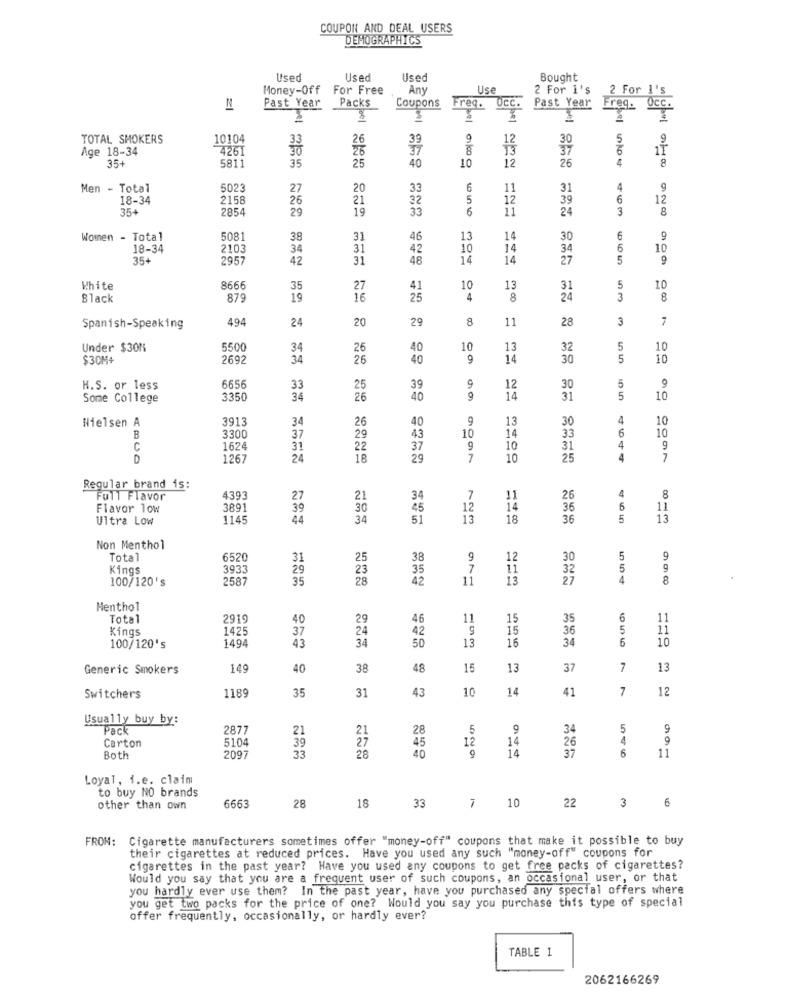
COUPON AND DEAL USERS
DEMOGRAPHICS
Used
Used
Used
Bought
Money-Off
For Free
Any
Use
2 For i's
2 For I's
Packs
Coupons
Past Year
Past Year
Freq. Occ.
Freq.
OCc.
hel
TOTAL SMOKERS
10104
33
26
39
9
12
30
5
9
Age 18-34
426
37
37
11
35+
5811
35
25
10
12
26
4
8
40
Men - Total
5023
27
20
33
6
11
31
4
9
18-34
2158
26
21
32
5
12
39
6
12
35+
285
29
33
6
24
3
8
Women - Total
508
38
31
46
13
1
30
6
18-34
2103
34
31
42
10
14
3.4
6
10
35+
295'
42
31
48
14
14
27
5
5
White
8666
35
27
41
10
13
31
10
Black
879
19
16
25
4
8
3
494
24
20
29
11
28
3
7
Spanish-Speaking
Under $30%
5500
34
26
40
10
13
32
5
10
$30M+
2692
34
26
40
9
14
30
5
10
H.S. or less
665
33
25
39
12
30
5
Some College
3350
34
26
40
14
31
5
10
3913
34
26
40
13
30
4
10
Nielsen A
10
14
33
6
10
B
3300
37
29
43
C
1624
31
22
37
9
10
31
4
9
1267
18
29
7
10
25
4
7
Regular brand is:
34
4
8
Full Flavor
4393
27
21
7
11
26
Flavor low
3891
30
30
12
14
36
6
11
Ultra Low
1145
44
34
51
13
18
36
5
13
Non Menthol
Total
6520
31
25
38
9
12
30
5
Kings
3933
29
23
35
7
32
5
100/120's
2587
35
28
42
11
13
27
8
Menthol
Total
2919
40
29
46
11
15
35
6
11
Kings
1425
37
24
42
15
36
5
11
1494
34
16
34
6
10
100/120's
43
50
13
Generic Smokers
149
40
38
48
15
13
37
7
13
35
31
43
10
14
41
7
12
Switchers
1189
Usually buy by:
Pack
2877
21
21
28
5
34
5
9
Carton
5104
27
12
26
4
9
39
33
28
45
40
9
14
37
Both
2097
14
6
11
Loyal, i.e. claim
to buy NO brands
666
28
22
other than own
18
33
10
3
6
FROM: Cigarette manufacturers sometimes offer "money-off" coupons that make it possible to buy
their cigarettes at reduced prices. Have you used any such "money-off" coupons for
cigarettes in the past year? Have you used any coupons to get free packs of cigarettes?
Would you say that you are a frequent user of such coupons, an occasional user, or that
you hardly ever use them? In the past year, have you purchased any special offers where
you get two packs for the price of one? Would you say you purchase this type of special
offer frequently, occasionally, or hardly ever?
TABLE 1
2062166269